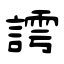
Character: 謣